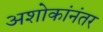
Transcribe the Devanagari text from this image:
अशोकांनंतर